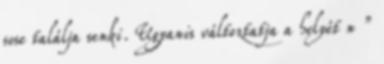
sose találja senki. Ugyanis változtatja a helyét n ”